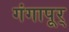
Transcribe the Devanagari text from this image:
गंगापूर्